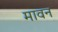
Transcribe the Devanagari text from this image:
मावन